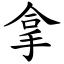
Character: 拿